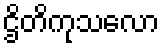
ဌိတိကုသလော